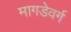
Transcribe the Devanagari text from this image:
मागडेवर्ग